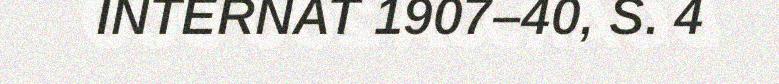
INTERNAT 1907–40, S. 4